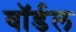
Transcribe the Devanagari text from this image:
वॉर्डल